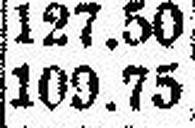
109.75